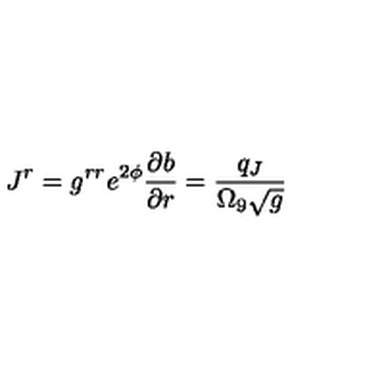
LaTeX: J ^ { r } = g ^ { r r } e ^ { 2 \phi } { \frac { \partial b } { \partial r } } = \frac { q _ { J } } { \Omega _ { 9 } \sqrt { g } }